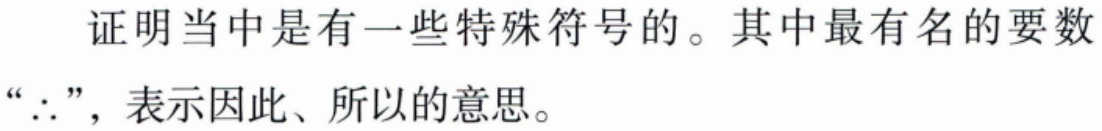
证明当中是有一些特殊符号的。其中最有名的要数“$\therefore$”，表示因此、所以的意思。